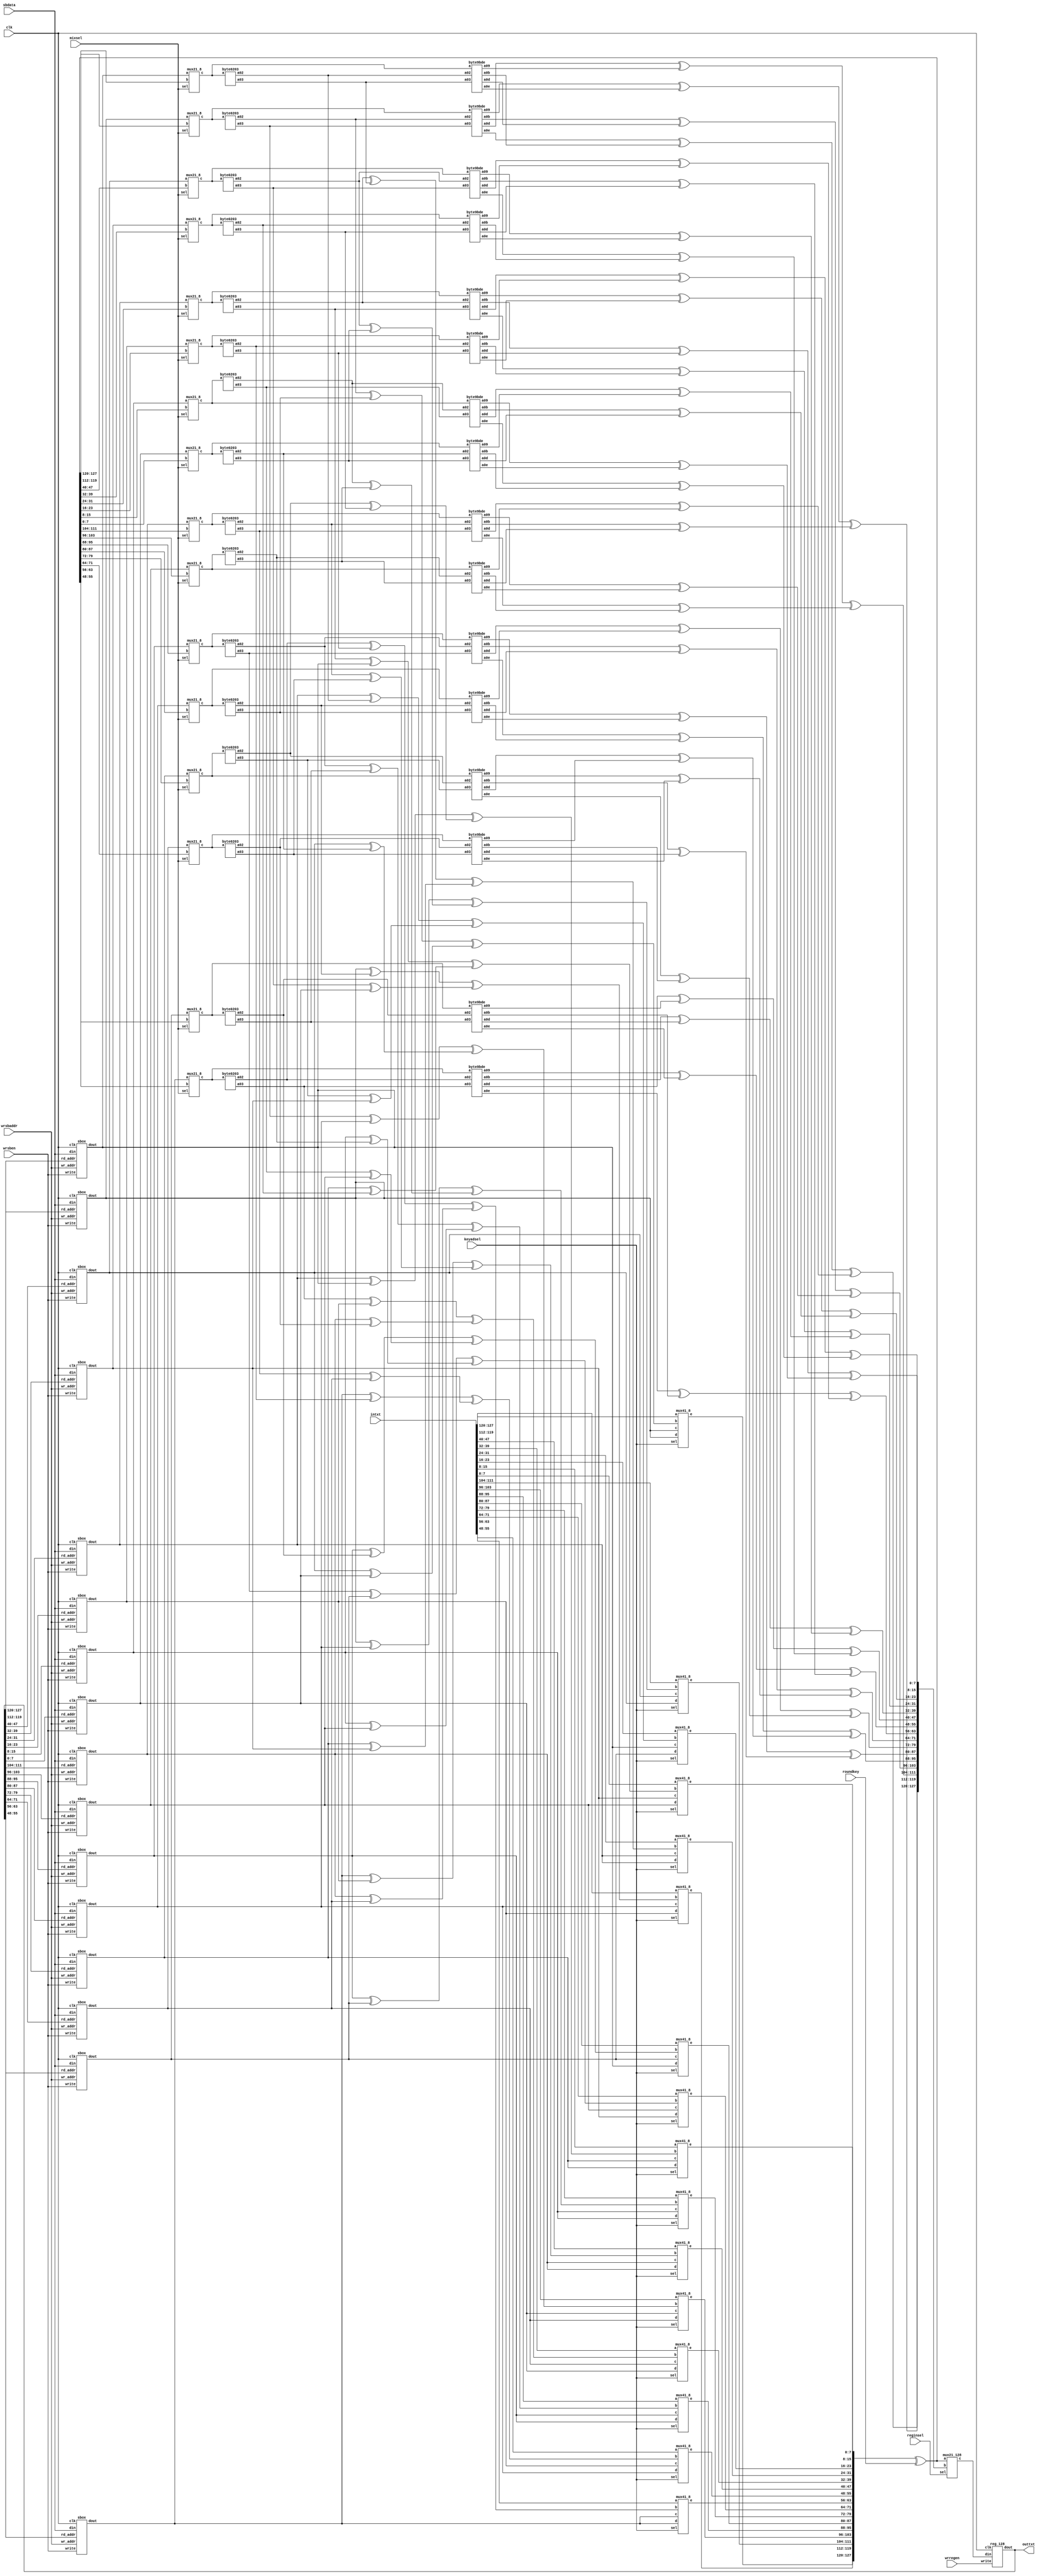
module crydap(clk,wrsben,wrsbaddr,sbdata,keyadsel,mixsel,reginsel,wrregen,intxt,roundkey,outtxt);
output [127:0] outtxt;
input clk,wrsben,wrregen,mixsel,reginsel;
input [1:0] keyadsel;
input [3:0] wrsbaddr;
input [127:0] sbdata,intxt,roundkey;
wire [7:0] sb0out,sb1out,sb2out,sb3out,sb4out,sb5out,sb6out,sb7out;
wire [7:0] sb8out,sb9out,sb10out,sb11out,sb12out,sb13out,sb14out,sb15out;
wire [7:0] a0,b0,c0,a1,b1,c1,a2,b2,c2,a3,b3,c3,a4,b4,c4,a5,b5,c5;
wire [7:0] a6,b6,c6,a7,b7,c7,a8,b8,c8,a9,b9,c9,a10,b10,c10,a11,b11,c11;
wire [7:0] a12,b12,c12,a13,b13,c13,a14,b14,c14,a15,b15,c15;
wire [7:0] d0,d1,d2,d3,d4,d5,d6,d7,d8,d9,d10,d11,d12,d13,d14,d15;
wire [7:0] e0,e1,e2,e3,e4,e5,e6,e7,e8,e9,e10,e11,e12,e13,e14,e15;
wire [7:0] f0,f1,f2,f3,f4,f5,f6,f7,f8,f9,f10,f11,f12,f13,f14,f15;
wire [7:0] g0,g1,g2,g3,g4,g5,g6,g7,g8,g9,g10,g11,g12,g13,g14,g15;
wire [7:0] i0,i1,i2,i3,i4,i5,i6,i7,i8,i9,i10,i11,i12,i13,i14,i15;
wire [7:0] j0,j1,j2,j3,j4,j5,j6,j7,j8,j9,j10,j11,j12,j13,j14,j15;
wire [7:0] f002,f003,f009,f00b,f00d,f00e;
wire [7:0] f102,f103,f109,f10b,f10d,f10e;
wire [7:0] f202,f203,f209,f20b,f20d,f20e;
wire [7:0] f302,f303,f309,f30b,f30d,f30e;
wire [7:0] f402,f403,f409,f40b,f40d,f40e;
wire [7:0] f502,f503,f509,f50b,f50d,f50e;
wire [7:0] f602,f603,f609,f60b,f60d,f60e;
wire [7:0] f702,f703,f709,f70b,f70d,f70e;
wire [7:0] f802,f803,f809,f80b,f80d,f80e;
wire [7:0] f902,f903,f909,f90b,f90d,f90e;
wire [7:0] f1002,f1003,f1009,f100b,f100d,f100e;
wire [7:0] f1102,f1103,f1109,f110b,f110d,f110e;
wire [7:0] f1202,f1203,f1209,f120b,f120d,f120e;
wire [7:0] f1302,f1303,f1309,f130b,f130d,f130e;
wire [7:0] f1402,f1403,f1409,f140b,f140d,f140e;
wire [7:0] f1502,f1503,f1509,f150b,f150d,f150e;
wire [127:0] d,e,g,h;
sbox  sbox0(clk,wrsben,wrsbaddr,sbdata,outtxt[127:120],sb0out);
sbox  sbox1(clk,wrsben,wrsbaddr,sbdata,outtxt[119:112],sb1out);
sbox  sbox2(clk,wrsben,wrsbaddr,sbdata,outtxt[111:104],sb2out);
sbox  sbox3(clk,wrsben,wrsbaddr,sbdata,outtxt[103:96],sb3out);
sbox  sbox4(clk,wrsben,wrsbaddr,sbdata,outtxt[95:88],sb4out);
sbox  sbox5(clk,wrsben,wrsbaddr,sbdata,outtxt[87:80],sb5out);
sbox  sbox6(clk,wrsben,wrsbaddr,sbdata,outtxt[79:72],sb6out);
sbox  sbox7(clk,wrsben,wrsbaddr,sbdata,outtxt[71:64],sb7out);
sbox  sbox8(clk,wrsben,wrsbaddr,sbdata,outtxt[63:56],sb8out);
sbox  sbox9(clk,wrsben,wrsbaddr,sbdata,outtxt[55:48],sb9out);
sbox  sbox10(clk,wrsben,wrsbaddr,sbdata,outtxt[47:40],sb10out);
sbox  sbox11(clk,wrsben,wrsbaddr,sbdata,outtxt[39:32],sb11out);
sbox  sbox12(clk,wrsben,wrsbaddr,sbdata,outtxt[31:24],sb12out);
sbox  sbox13(clk,wrsben,wrsbaddr,sbdata,outtxt[23:16],sb13out);
sbox  sbox14(clk,wrsben,wrsbaddr,sbdata,outtxt[15:8],sb14out);
sbox  sbox15(clk,wrsben,wrsbaddr,sbdata,outtxt[7:0],sb15out);
mux21_8  mux21_8_0(mixsel,sb0out,e0,f0);
mux21_8  mux21_8_1(mixsel,sb1out,e1,f1);
mux21_8  mux21_8_2(mixsel,sb2out,e2,f2);
mux21_8  mux21_8_3(mixsel,sb3out,e3,f3);
mux21_8  mux21_8_4(mixsel,sb4out,e4,f4);
mux21_8  mux21_8_5(mixsel,sb5out,e5,f5);
mux21_8  mux21_8_6(mixsel,sb6out,e6,f6);
mux21_8  mux21_8_7(mixsel,sb7out,e7,f7);
mux21_8  mux21_8_8(mixsel,sb8out,e8,f8);
mux21_8  mux21_8_9(mixsel,sb9out,e9,f9);
mux21_8  mux21_8_10(mixsel,sb10out,e10,f10);
mux21_8  mux21_8_11(mixsel,sb11out,e11,f11);
mux21_8  mux21_8_12(mixsel,sb12out,e12,f12);
mux21_8  mux21_8_13(mixsel,sb13out,e13,f13);
mux21_8  mux21_8_14(mixsel,sb14out,e14,f14);
mux21_8  mux21_8_15(mixsel,sb15out,e15,f15);
byte0203 byte0203_0(f0,f002,f003);
byte0203 byte0203_1(f1,f102,f103);
byte0203 byte0203_2(f2,f202,f203);
byte0203 byte0203_3(f3,f302,f303);
byte0203 byte0203_4(f4,f402,f403);
byte0203 byte0203_5(f5,f502,f503);
byte0203 byte0203_6(f6,f602,f603);
byte0203 byte0203_7(f7,f702,f703);
byte0203 byte0203_8(f8,f802,f803);
byte0203 byte0203_9(f9,f902,f903);
byte0203 byte0203_10(f10,f1002,f1003);
byte0203 byte0203_11(f11,f1102,f1103);
byte0203 byte0203_12(f12,f1202,f1203);
byte0203 byte0203_13(f13,f1302,f1303);
byte0203 byte0203_14(f14,f1402,f1403);
byte0203 byte0203_15(f15,f1502,f1503);
byte9bde byte9bde_0(f0,f002,f003,f009,f00b,f00d,f00e);
byte9bde byte9bde_1(f1,f102,f103,f109,f10b,f10d,f10e);
byte9bde byte9bde_2(f2,f202,f203,f209,f20b,f20d,f20e);
byte9bde byte9bde_3(f3,f302,f303,f309,f30b,f30d,f30e);
byte9bde byte9bde_4(f4,f402,f403,f409,f40b,f40d,f40e);
byte9bde byte9bde_5(f5,f502,f503,f509,f50b,f50d,f50e);
byte9bde byte9bde_6(f6,f602,f603,f609,f60b,f60d,f60e);
byte9bde byte9bde_7(f7,f702,f703,f709,f70b,f70d,f70e);
byte9bde byte9bde_8(f8,f802,f803,f809,f80b,f80d,f80e);
byte9bde byte9bde_9(f9,f902,f903,f909,f90b,f90d,f90e);
byte9bde byte9bde_10(f10,f1002,f1003,f1009,f100b,f100d,f100e);
byte9bde byte9bde_11(f11,f1102,f1103,f1109,f110b,f110d,f110e);
byte9bde byte9bde_12(f12,f1202,f1203,f1209,f120b,f120d,f120e);
byte9bde byte9bde_13(f13,f1302,f1303,f1309,f130b,f130d,f130e);
byte9bde byte9bde_14(f14,f1402,f1403,f1409,f140b,f140d,f140e);
byte9bde byte9bde_15(f15,f1502,f1503,f1509,f150b,f150d,f150e);
assign a0=f002^f503;
assign b0=sb10out^sb15out;
assign c0=a0^b0;
mux41_8  mux41_8_0(keyadsel,intxt[127:120],c0,sb0out,sb0out,d0);     
assign a1=sb0out^f502;
assign b1=f1003^sb15out;
assign c1=a1^b1;
mux41_8  mux41_8_1(keyadsel,intxt[119:112],c1,sb5out,sb13out,d1);     
assign a2=sb0out^sb5out;
assign b2=f1002^f1503;
assign c2=a2^b2;
mux41_8  mux41_8_2(keyadsel,intxt[111:104],c2,sb10out,sb10out,d2);          
assign a3=f003^sb5out;
assign b3=sb10out^f1502;
assign c3=a3^b3;
mux41_8  mux41_8_3(keyadsel,intxt[103:96],c3,sb15out,sb7out,d3);
assign a4=f402^f903;
assign b4=sb14out^sb3out;
assign c4=a4^b4;
mux41_8  mux41_8_4(keyadsel,intxt[95:88],c4,sb4out,sb4out,d4);
assign a5=sb4out^f902;
assign b5=f1403^sb3out;
assign c5=a5^b5;
mux41_8  mux41_8_5(keyadsel,intxt[87:80],c5,sb9out,sb1out,d5);  
assign a6=sb4out^sb9out;
assign b6=f1402^f303;
assign c6=a6^b6;
mux41_8  mux41_8_6(keyadsel,intxt[79:72],c6,sb14out,sb14out,d6);
assign a7=f403^sb9out;
assign b7=sb14out^f302;
assign c7=a7^b7;
mux41_8  mux41_8_7(keyadsel,intxt[71:64],c7,sb3out,sb11out,d7);     
assign a8=f802^f1303;
assign b8=sb2out^sb7out;
assign c8=a8^b8;
mux41_8  mux41_8_8(keyadsel,intxt[63:56],c8,sb8out,sb8out,d8);     
assign a9=sb8out^f1302;
assign b9=f203^sb7out;
assign c9=a9^b9;
mux41_8  mux41_8_9(keyadsel,intxt[55:48],c9,sb13out,sb5out,d9);
assign a10=sb8out^sb13out;
assign b10=f202^f703;
assign c10=a10^b10;
mux41_8  mux41_8_10(keyadsel,intxt[47:40],c10,sb2out,sb2out,d10);
assign a11=f803^sb13out;
assign b11=sb2out^f702;
assign c11=a11^b11;
mux41_8  mux41_8_11(keyadsel,intxt[39:32],c11,sb7out,sb15out,d11);
assign a12=f1202^f103;
assign b12=sb6out^sb11out;
assign c12=a12^b12;
mux41_8  mux41_8_12(keyadsel,intxt[31:24],c12,sb12out,sb12out,d12);      
assign a13=sb12out^f102;
assign b13=f603^sb11out;
assign c13=a13^b13;
mux41_8  mux41_8_13(keyadsel,intxt[23:16],c13,sb1out,sb9out,d13);      
assign a14=sb12out^sb1out;
assign b14=f602^f1103;
assign c14=a14^b14;
mux41_8  mux41_8_14(keyadsel,intxt[15:8],c14,sb6out,sb6out,d14);
assign a15=f1203^sb1out;
assign b15=sb6out^f1102;
assign c15=a15^b15;
mux41_8  mux41_8_15(keyadsel,intxt[7:0],c15,sb11out,sb3out,d15);
assign d={d0,d1,d2,d3,d4,d5,d6,d7,d8,d9,d10,d11,d12,d13,d14,d15};
assign e={e0,e1,e2,e3,e4,e5,e6,e7,e8,e9,e10,e11,e12,e13,e14,e15};
assign g={g0,g1,g2,g3,g4,g5,g6,g7,g8,g9,g10,g11,g12,g13,g14,g15};   
assign {e0,e1,e2,e3,e4,e5,e6,e7,e8,e9,e10,e11,e12,e13,e14,e15}=d^roundkey;
assign i0=f00e^f10b;
assign j0=f20d^f309;
assign g0=i0^j0;
assign i1=f009^f10e;
assign j1=f20b^f30d;
assign g1=i1^j1;
assign i2=f00d^f109;
assign j2=f20e^f30b;
assign g2=i2^j2;
assign i3=f00b^f10d;
assign j3=f209^f30e;
assign g3=i3^j3;
assign i4=f40e^f50b;
assign j4=f60d^f709;
assign g4=i4^j4;
assign i5=f409^f50e;
assign j5=f60b^f70d;
assign g5=i5^j5;
assign i6=f40d^f509;
assign j6=f60e^f70b;
assign g6=i6^j6;
assign i7=f40b^f50d;
assign j7=f609^f70e;
assign g7=i7^j7;

assign i8=f80e^f90b;
assign j8=f100d^f1109;
assign g8=i8^j8;
assign i9=f809^f90e;
assign j9=f100b^f110d;
assign g9=i9^j9;
assign i10=f80d^f909;
assign j10=f100e^f110b;
assign g10=i10^j10;
assign i11=f80b^f90d;
assign j11=f1009^f110e;
assign g11=i11^j11;
assign i12=f120e^f130b;
assign j12=f140d^f1509;
assign g12=i12^j12;
assign i13=f1209^f130e;
assign j13=f140b^f150d;
assign g13=i13^j13;
assign i14=f120d^f1309;
assign j14=f140e^f150b;
assign g14=i14^j14;
assign i15=f120b^f130d;
assign j15=f1409^f150e;
assign g15=i15^j15;
mux21_128 mux21_128_0(reginsel,e,g,h);
reg_128 resultreg(clk,wrregen,h,outtxt);   
endmodule



module sbox(clk,write,wr_addr,din,rd_addr,dout);	
input clk;	
input write;
input [3:0] wr_addr;
input [127:0] din;
input [7:0] rd_addr;	
output [7:0] dout;
reg [15:0] decout;
wire [15:0] write_reg;
wire [127:0] reg0out,reg1out,reg2out,reg3out,reg4out,reg5out,reg6out,reg7out,reg8out,reg9out,reg10out,reg11out,reg12out,reg13out,reg14out,reg15out;
reg [7:0] dout;
always @ (wr_addr)
  case(wr_addr)
    4'd0: decout=16'b0000_0000_0000_0001;
    4'd1: decout=16'b0000_0000_0000_0010;
    4'd2: decout=16'b0000_0000_0000_0100;
    4'd3: decout=16'b0000_0000_0000_1000;
    4'd4: decout=16'b0000_0000_0001_0000;
    4'd5: decout=16'b0000_0000_0010_0000;
    4'd6: decout=16'b0000_0000_0100_0000;
    4'd7: decout=16'b0000_0000_1000_0000;
    4'd8: decout=16'b0000_0001_0000_0000;
    4'd9: decout=16'b0000_0010_0000_0000;
    4'd10: decout=16'b0000_0100_0000_0000;
    4'd11: decout=16'b0000_1000_0000_0000;
    4'd12: decout=16'b0001_0000_0000_0000;
    4'd13: decout=16'b0010_0000_0000_0000;
    4'd14: decout=16'b0100_0000_0000_0000;
    4'd15: decout=16'b1000_0000_0000_0000;
  endcase  
assign write_reg=decout & {write,write,write,write,write,write,write,write,write,write,write,write,write,write,write,write};
	
reg_128 reg0(clk,write_reg[0],din,reg0out);
reg_128 reg1(clk,write_reg[1],din,reg1out);
reg_128 reg2(clk,write_reg[2],din,reg2out);
reg_128 reg3(clk,write_reg[3],din,reg3out);
reg_128 reg4(clk,write_reg[4],din,reg4out);
reg_128 reg5(clk,write_reg[5],din,reg5out);
reg_128 reg6(clk,write_reg[6],din,reg6out);
reg_128 reg7(clk,write_reg[7],din,reg7out);
reg_128 reg8(clk,write_reg[8],din,reg8out);
reg_128 reg9(clk,write_reg[9],din,reg9out);
reg_128 reg10(clk,write_reg[10],din,reg10out);
reg_128 reg11(clk,write_reg[11],din,reg11out);
reg_128 reg12(clk,write_reg[12],din,reg12out);
reg_128 reg13(clk,write_reg[13],din,reg13out);
reg_128 reg14(clk,write_reg[14],din,reg14out);
reg_128 reg15(clk,write_reg[15],din,reg15out); 
always @(rd_addr or reg0out or reg1out or reg2out or reg3out or reg4out or reg5out or reg6out or reg7out or reg8out or reg9out or reg10out or reg11out or reg12out or reg13out or reg14out or reg15out)
  case(rd_addr)
    8'd0: dout=reg0out[127:120];
    8'd1: dout=reg0out[119:112];
    8'd2: dout=reg0out[111:104];
    8'd3: dout=reg0out[103:96];
    8'd4: dout=reg0out[95:88];
    8'd5: dout=reg0out[87:80];
    8'd6: dout=reg0out[79:72];
    8'd7: dout=reg0out[71:64];
    8'd8: dout=reg0out[63:56];
    8'd9: dout=reg0out[55:48];
    8'd10: dout=reg0out[47:40];
    8'd11: dout=reg0out[39:32];
    8'd12: dout=reg0out[31:24];
    8'd13: dout=reg0out[23:16];
    8'd14: dout=reg0out[15:8];
    8'd15: dout=reg0out[7:0];
    
    8'd16: dout=reg1out[127:120];
    8'd17: dout=reg1out[119:112];
    8'd18: dout=reg1out[111:104];
    8'd19: dout=reg1out[103:96];
    8'd20: dout=reg1out[95:88];
    8'd21: dout=reg1out[87:80];
    8'd22: dout=reg1out[79:72];
    8'd23: dout=reg1out[71:64];
    8'd24: dout=reg1out[63:56];
    8'd25: dout=reg1out[55:48];
    8'd26: dout=reg1out[47:40];
    8'd27: dout=reg1out[39:32];
    8'd28: dout=reg1out[31:24];
    8'd29: dout=reg1out[23:16];
    8'd30: dout=reg1out[15:8];
    8'd31: dout=reg1out[7:0];
    
    8'd32: dout=reg2out[127:120];
    8'd33: dout=reg2out[119:112];
    8'd34: dout=reg2out[111:104];
    8'd35: dout=reg2out[103:96];
    8'd36: dout=reg2out[95:88];
    8'd37: dout=reg2out[87:80];
    8'd38: dout=reg2out[79:72];
    8'd39: dout=reg2out[71:64];
    8'd40: dout=reg2out[63:56];
    8'd41: dout=reg2out[55:48];
    8'd42: dout=reg2out[47:40];
    8'd43: dout=reg2out[39:32];
    8'd44: dout=reg2out[31:24];
    8'd45: dout=reg2out[23:16];
    8'd46: dout=reg2out[15:8];
    8'd47: dout=reg2out[7:0];
    
    8'd48: dout=reg3out[127:120];
    8'd49: dout=reg3out[119:112];
    8'd50: dout=reg3out[111:104];
    8'd51: dout=reg3out[103:96];
    8'd52: dout=reg3out[95:88];
    8'd53: dout=reg3out[87:80];
    8'd54: dout=reg3out[79:72];
    8'd55: dout=reg3out[71:64];
    8'd56: dout=reg3out[63:56];
    8'd57: dout=reg3out[55:48];
    8'd58: dout=reg3out[47:40];
    8'd59: dout=reg3out[39:32];
    8'd60: dout=reg3out[31:24];
    8'd61: dout=reg3out[23:16];
    8'd62: dout=reg3out[15:8];
    8'd63: dout=reg3out[7:0];
    
    8'd64: dout=reg4out[127:120];
    8'd65: dout=reg4out[119:112];
    8'd66: dout=reg4out[111:104];
    8'd67: dout=reg4out[103:96];
    8'd68: dout=reg4out[95:88];
    8'd69: dout=reg4out[87:80];
    8'd70: dout=reg4out[79:72];
    8'd71: dout=reg4out[71:64];
    8'd72: dout=reg4out[63:56];
    8'd73: dout=reg4out[55:48];
    8'd74: dout=reg4out[47:40];
    8'd75: dout=reg4out[39:32];
    8'd76: dout=reg4out[31:24];
    8'd77: dout=reg4out[23:16];
    8'd78: dout=reg4out[15:8];
    8'd79: dout=reg4out[7:0];
    
    8'd80: dout=reg5out[127:120];
    8'd81: dout=reg5out[119:112];
    8'd82: dout=reg5out[111:104];
    8'd83: dout=reg5out[103:96];
    8'd84: dout=reg5out[95:88];
    8'd85: dout=reg5out[87:80];
    8'd86: dout=reg5out[79:72];
    8'd87: dout=reg5out[71:64];
    8'd88: dout=reg5out[63:56];
    8'd89: dout=reg5out[55:48];
    8'd90: dout=reg5out[47:40];
    8'd91: dout=reg5out[39:32];
    8'd92: dout=reg5out[31:24];
    8'd93: dout=reg5out[23:16];
    8'd94: dout=reg5out[15:8];
    8'd95: dout=reg5out[7:0];
    
    8'd96: dout=reg6out[127:120];
    8'd97: dout=reg6out[119:112];
    8'd98: dout=reg6out[111:104];
    8'd99: dout=reg6out[103:96];
    8'd100: dout=reg6out[95:88];
    8'd101: dout=reg6out[87:80];
    8'd102: dout=reg6out[79:72];
    8'd103: dout=reg6out[71:64];
    8'd104: dout=reg6out[63:56];
    8'd105: dout=reg6out[55:48];
    8'd106: dout=reg6out[47:40];
    8'd107: dout=reg6out[39:32];
    8'd108: dout=reg6out[31:24];
    8'd109: dout=reg6out[23:16];
    8'd110: dout=reg6out[15:8];
    8'd111: dout=reg6out[7:0];
    
    8'd112: dout=reg7out[127:120];
    8'd113: dout=reg7out[119:112];
    8'd114: dout=reg7out[111:104];
    8'd115: dout=reg7out[103:96];
    8'd116: dout=reg7out[95:88];
    8'd117: dout=reg7out[87:80];
    8'd118: dout=reg7out[79:72];
    8'd119: dout=reg7out[71:64];
    8'd120: dout=reg7out[63:56];
    8'd121: dout=reg7out[55:48];
    8'd122: dout=reg7out[47:40];
    8'd123: dout=reg7out[39:32];
    8'd124: dout=reg7out[31:24];
    8'd125: dout=reg7out[23:16];
    8'd126: dout=reg7out[15:8];
    8'd127: dout=reg7out[7:0];
    
    8'd128: dout=reg8out[127:120];
    8'd129: dout=reg8out[119:112];
    8'd130: dout=reg8out[111:104];
    8'd131: dout=reg8out[103:96];
    8'd132: dout=reg8out[95:88];
    8'd133: dout=reg8out[87:80];
    8'd134: dout=reg8out[79:72];
    8'd135: dout=reg8out[71:64];
    8'd136: dout=reg8out[63:56];
    8'd137: dout=reg8out[55:48];
    8'd138: dout=reg8out[47:40];
    8'd139: dout=reg8out[39:32];
    8'd140: dout=reg8out[31:24];
    8'd141: dout=reg8out[23:16];
    8'd142: dout=reg8out[15:8];
    8'd143: dout=reg8out[7:0];
    
    8'd144: dout=reg9out[127:120];
    8'd145: dout=reg9out[119:112];
    8'd146: dout=reg9out[111:104];
    8'd147: dout=reg9out[103:96];
    8'd148: dout=reg9out[95:88];
    8'd149: dout=reg9out[87:80];
    8'd150: dout=reg9out[79:72];
    8'd151: dout=reg9out[71:64];
    8'd152: dout=reg9out[63:56];
    8'd153: dout=reg9out[55:48];
    8'd154: dout=reg9out[47:40];
    8'd155: dout=reg9out[39:32];
    8'd156: dout=reg9out[31:24];
    8'd157: dout=reg9out[23:16];
    8'd158: dout=reg9out[15:8];
    8'd159: dout=reg9out[7:0];
    
    8'd160: dout=reg10out[127:120];
    8'd161: dout=reg10out[119:112];
    8'd162: dout=reg10out[111:104];
    8'd163: dout=reg10out[103:96];
    8'd164: dout=reg10out[95:88];
    8'd165: dout=reg10out[87:80];
    8'd166: dout=reg10out[79:72];
    8'd167: dout=reg10out[71:64];
    8'd168: dout=reg10out[63:56];
    8'd169: dout=reg10out[55:48];
    8'd170: dout=reg10out[47:40];
    8'd171: dout=reg10out[39:32];
    8'd172: dout=reg10out[31:24];
    8'd173: dout=reg10out[23:16];
    8'd174: dout=reg10out[15:8];
    8'd175: dout=reg10out[7:0];
    
    8'd176: dout=reg11out[127:120];
    8'd177: dout=reg11out[119:112];
    8'd178: dout=reg11out[111:104];
    8'd179: dout=reg11out[103:96];
    8'd180: dout=reg11out[95:88];
    8'd181: dout=reg11out[87:80];
    8'd182: dout=reg11out[79:72];
    8'd183: dout=reg11out[71:64];
    8'd184: dout=reg11out[63:56];
    8'd185: dout=reg11out[55:48];
    8'd186: dout=reg11out[47:40];
    8'd187: dout=reg11out[39:32];
    8'd188: dout=reg11out[31:24];
    8'd189: dout=reg11out[23:16];
    8'd190: dout=reg11out[15:8];
    8'd191: dout=reg11out[7:0];
    
    8'd192: dout=reg12out[127:120];
    8'd193: dout=reg12out[119:112];
    8'd194: dout=reg12out[111:104];
    8'd195: dout=reg12out[103:96];
    8'd196: dout=reg12out[95:88];
    8'd197: dout=reg12out[87:80];
    8'd198: dout=reg12out[79:72];
    8'd199: dout=reg12out[71:64];
    8'd200: dout=reg12out[63:56];
    8'd201: dout=reg12out[55:48];
    8'd202: dout=reg12out[47:40];
    8'd203: dout=reg12out[39:32];
    8'd204: dout=reg12out[31:24];
    8'd205: dout=reg12out[23:16];
    8'd206: dout=reg12out[15:8];
    8'd207: dout=reg12out[7:0];
    
    8'd208: dout=reg13out[127:120];
    8'd209: dout=reg13out[119:112];
    8'd210: dout=reg13out[111:104];
    8'd211: dout=reg13out[103:96];
    8'd212: dout=reg13out[95:88];
    8'd213: dout=reg13out[87:80];
    8'd214: dout=reg13out[79:72];
    8'd215: dout=reg13out[71:64];
    8'd216: dout=reg13out[63:56];
    8'd217: dout=reg13out[55:48];
    8'd218: dout=reg13out[47:40];
    8'd219: dout=reg13out[39:32];
    8'd220: dout=reg13out[31:24];
    8'd221: dout=reg13out[23:16];
    8'd222: dout=reg13out[15:8];
    8'd223: dout=reg13out[7:0];
    
    8'd224: dout=reg14out[127:120];
    8'd225: dout=reg14out[119:112];
    8'd226: dout=reg14out[111:104];
    8'd227: dout=reg14out[103:96];
    8'd228: dout=reg14out[95:88];
    8'd229: dout=reg14out[87:80];
    8'd230: dout=reg14out[79:72];
    8'd231: dout=reg14out[71:64];
    8'd232: dout=reg14out[63:56];
    8'd233: dout=reg14out[55:48];
    8'd234: dout=reg14out[47:40];
    8'd235: dout=reg14out[39:32];
    8'd236: dout=reg14out[31:24];
    8'd237: dout=reg14out[23:16];
    8'd238: dout=reg14out[15:8];
    8'd239: dout=reg14out[7:0];
    
    8'd240: dout=reg15out[127:120];
    8'd241: dout=reg15out[119:112];
    8'd242: dout=reg15out[111:104];
    8'd243: dout=reg15out[103:96];
    8'd244: dout=reg15out[95:88];
    8'd245: dout=reg15out[87:80];
    8'd246: dout=reg15out[79:72];
    8'd247: dout=reg15out[71:64];
    8'd248: dout=reg15out[63:56];
    8'd249: dout=reg15out[55:48];
    8'd250: dout=reg15out[47:40];
    8'd251: dout=reg15out[39:32];
    8'd252: dout=reg15out[31:24];
    8'd253: dout=reg15out[23:16];
    8'd254: dout=reg15out[15:8];
    8'd255: dout=reg15out[7:0];
  endcase
endmodule 


module mux21_8(sel,a,b,c);
output[7:0] c;
input[7:0] a,b;
input sel;
reg [7:0] c;
always@(sel or a or b)
  case(sel)
    1'b0: c=a;
    1'b1: c=b;          
  endcase
endmodule 


module byte0203(a,a02,a03);
output[7:0] a02,a03;
input[7:0] a;
wire [7:0] b,c;
assign b={a[6:0],1'b0};
assign c=b^{8'h1b};
assign a02=(a[7]==0)? b:c;
assign a03=a02^a;
endmodule


module byte9bde(a,a02,a03,a09,a0b,a0d,a0e);
output[7:0] a09,a0b,a0d,a0e;
input[7:0] a,a02,a03;
wire [7:0] a04,a08,b,c;
byte02  byte02_0(a02,a04);
byte02  byte02_1(a04,a08);
assign a09=a08^a;
assign a0b=a08^a03;
assign b=a04^a;
assign c=a04^a02;
assign a0d=a08^b;
assign a0e=a08^c;
endmodule


module byte02(a,a02);
output[7:0] a02;
input[7:0] a;
wire [7:0] b,c;
assign b={a[6:0],1'b0};
assign c=b^{8'h1b};
assign a02=(a[7]==0)? b:c;
endmodule 


module mux41_8(sel,a,b,c,d,e);
output[7:0] e;
input[7:0] a,b,c,d;
input [1:0] sel;
reg [7:0] e;
always@(sel or a or b or c or d)
  case(sel)
    2'b00: e=a;
    2'b01: e=b;
    2'b10: e=c;
    2'b11: e=d;
  endcase
endmodule


module mux21_128(sel,a,b,c);
output[127:0] c;
input[127:0] a,b;
input sel;
reg [127:0] c;
always@(sel or a or b)
  case(sel)
    1'b0: c=a;
    1'b1: c=b;          
  endcase
endmodule


module reg_128(clk,write,din,dout);
output [127:0] dout;
input  clk,write;
input  [127:0] din;
reg [127:0] dout;
always @ (posedge clk)
begin
  if(write)
    dout<=din;
  else 
    dout<=dout;
end
endmodule



`timescale 1ns / 1ns
module crydap_tb;
wire [127:0] outtxt;
reg clk,wrsben,wrregen,mixsel,reginsel;
reg [1:0] keyadsel;
reg [3:0] wrsbaddr;
reg [127:0] sbdata,intxt,roundkey;
crydap  crydap(clk,wrsben,wrsbaddr,sbdata,keyadsel,mixsel,reginsel,wrregen,intxt,roundkey,outtxt);
//clock generation				   
initial clk = 1;
always #50 clk = ~clk;
initial 
	begin 
		//encryption sbox configuration.
		#20  wrsben=1;
		     wrsbaddr=4'd0;
		     sbdata=128'h637c777bf26b6fc53001672bfed7ab76;
		#100 wrsben=1;
		     wrsbaddr=4'd1;
		     sbdata=128'hca82c97dfa5947f0add4a2af9ca472c0;
		#100 wrsben=1;
		     wrsbaddr=4'd2;
		     sbdata=128'hb7fd9326363ff7cc34a5e5f171d83115;
		#100 wrsben=1;
		     wrsbaddr=4'd3;
		     sbdata=128'h04c723c31896059a071280e2eb27b275;
		#100 wrsben=1;
		     wrsbaddr=4'd4;
		     sbdata=128'h09832c1a1b6e5aa0523bd6b329e32f84;
		#100 wrsben=1;
		     wrsbaddr=4'd5;
		     sbdata=128'h53d100ed20fcb15b6acbbe394a4c58cf;
		#100 wrsben=1;
		     wrsbaddr=4'd6;
		     sbdata=128'hd0efaafb434d338545f9027f503c9fa8;
		#100 wrsben=1;
		     wrsbaddr=4'd7;
		     sbdata=128'h51a3408f929d38f5bcb6da2110fff3d2;
		#100 wrsben=1;
		     wrsbaddr=4'd8;
		     sbdata=128'hcd0c13ec5f974417c4a77e3d645d1973;
		#100 wrsben=1;
		     wrsbaddr=4'd9;
		     sbdata=128'h60814fdc222a908846eeb814de5e0bdb;
		#100 wrsben=1;
		     wrsbaddr=4'd10;
		     sbdata=128'he0323a0a4906245cc2d3ac629195e479;
		#100 wrsben=1;
		     wrsbaddr=4'd11;
		     sbdata=128'he7c8376d8dd54ea96c56f4ea657aae08;
		#100 wrsben=1;
		     wrsbaddr=4'd12;
		     sbdata=128'hba78252e1ca6b4c6e8dd741f4bbd8b8a;
		#100 wrsben=1;
		     wrsbaddr=4'd13;
		     sbdata=128'h703eb5664803f60e613557b986c11d9e;
		#100 wrsben=1;
		     wrsbaddr=4'd14;
		     sbdata=128'he1f8981169d98e949b1e87e9ce5528df;
		#100 wrsben=1;
		     wrsbaddr=4'd15;
		     sbdata=128'h8ca1890dbfe6426841992d0fb054bb16;
		#100 wrsben=0;		
		//encryption.
		#100 wrregen=1;
		     keyadsel=2'b00;
		     mixsel=0;
		     reginsel=0;
		     intxt=128'h781278af_02d47ca1_bb32765a_56f2bc1a;//3243f6a8_885a308d_313198a2_e0370734;
		     roundkey=128'h2b7e1516_28aed2a6_abf71588_09cf4f3c;		                          
      #100 
		     wrregen=1;
		     keyadsel=2'b01;
		     mixsel=0;
		     reginsel=0;
		     roundkey=128'ha0fafe17_88542cb1_23a33939_2a6c7605;		                
      #100 
		     wrregen=1;
		     keyadsel=2'b01;
		     mixsel=0;
		     reginsel=0;
		     roundkey=128'hf2c295f2_7a96b943_5935807a_7359f67f;		                
      #100 
		     wrregen=1;
		     keyadsel=2'b01;
		     mixsel=0;
		     reginsel=0;
		     roundkey=128'h3d80477d_4716fe3e_1e237e44_6d7a883b;           
      #100 
		     wrregen=1;
		     keyadsel=2'b01;
		     mixsel=0;
		     reginsel=0;
		     roundkey=128'hef44a541_a8525b7f_b671253b_db0bad00;                      
      #100 
		     wrregen=1;
		     keyadsel=2'b01;
		     mixsel=0;
		     reginsel=0;
		     roundkey=128'hd4d1c6f8_7c839d87_caf2b8bc_11f915bc;      
      #100 
		     wrregen=1;
		     keyadsel=2'b01;
		     roundkey=128'h6d88a37a_110b3efd_dbf98641_ca0093fd;
      #100 
		     wrregen=1;
		     keyadsel=2'b01;
		     mixsel=0;
		     reginsel=0;
		     roundkey=128'h4e54f70e_5f5fc9f3_84a64fb2_4ea6dc4f;
      #100 
		     wrregen=1;
		     keyadsel=2'b01;
		     mixsel=0;
		     reginsel=0;
		     roundkey=128'head27321_b58dbad2_312bf560_7f8d292f;
      #100 
		     wrregen=1;
		     keyadsel=2'b01;
		     mixsel=0;
		     reginsel=0;
		     roundkey=128'hac7766f3_19fadc21_28d12941_575c006e;
      #100 
		     wrregen=1;
		     keyadsel=2'b10;
		     mixsel=0;
		     reginsel=0;
		     roundkey=128'hd014f9a8_c9ee2589_e13f0cc8_b6630ca6;		                
      #100 wrregen=0;	        		
		#200 $stop;		
	end					
endmodule